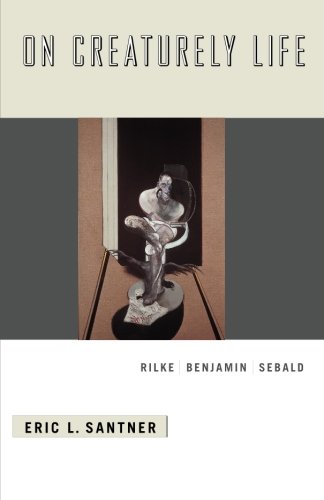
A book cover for On Creaturely Life: Rilke, Benjamin, Sebald; Eric L. Santner; Politics & Social Sciences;